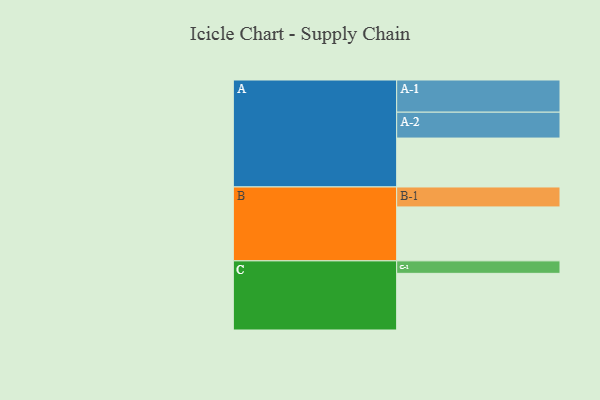
{"axis": {"x": "Segment", "y": "Value"}, "legend": ["", "A", "B", "C"], "data": [{"x": "A", "y": 380, "type": ""}, {"x": "B", "y": 419, "type": ""}, {"x": "C", "y": 440, "type": ""}, {"x": "A-1", "y": 250, "type": "A"}, {"x": "A-2", "y": 201, "type": "A"}, {"x": "B-1", "y": 155, "type": "B"}, {"x": "C-1", "y": 97, "type": "C"}]}